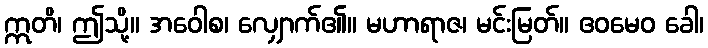
ဣတိ၊ ဤသို့။ အဝေါစ၊ လျှောက်၏။ မဟာရာဇ၊ မင်းမြတ်။ ဧဝမေဝ ခေါ၊